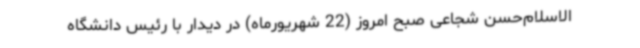
الاسلام‌حسن شجاعی صبح امروز (22 شهریورماه) در دیدار با رئیس دانشگاه